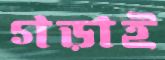
গড়াই